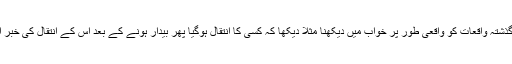
[6] گذشتہ واقعات کو واقعی طور پر خواب میں دیکھنا مثلاً دیکھا کہ کسی کا انتقال ہوگیا پھر بیدار ہونے کے بعد اس کے انتقال کی خبر آگئی۔